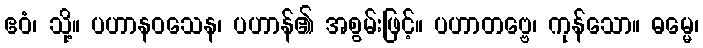
ဧဝံ၊ သို့။ ပဟာနဝသေန၊ ပဟာန်၏ အစွမ်းဖြင့်။ ပဟာတဗ္ဗေ၊ ကုန်သော။ ဓမ္မေ၊